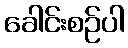
ခေါင်းစဉ်ပါ